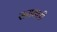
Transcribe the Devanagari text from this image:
सरावली